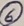
Text: 6